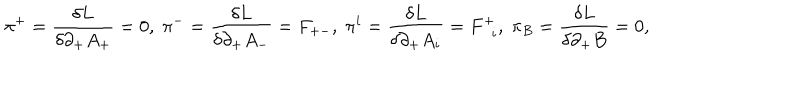
LaTeX: { \pi } ^ { + } = \frac { { \delta } L } { { \delta } { \partial } _ { + } A _ { + } } = 0 , \; { \pi } ^ { - } = \frac { { \delta } L } { { \delta } { \partial } _ { + } A _ { - } } = F _ { + - } , \; { \pi } ^ { i } = \frac { { \delta } L } { { \delta } { \partial } _ { + } A _ { i } } = F _ { \; \; i } ^ { + } , \; { \pi } _ { B } = \frac { { \delta } L } { { \delta } { \partial } _ { + } B } = 0 ,